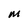
Character: M